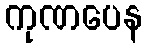
ကုဏပေန